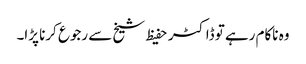
وہ ناکام رہے تو ڈاکٹر حفیظ شیخ سے رجوع کرنا پڑا۔